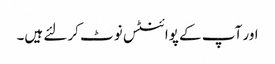
اور آپ کے پوائنٹس نوٹ کرلئے ہیں۔